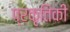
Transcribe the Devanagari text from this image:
प्रकृतिकी